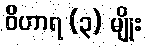
ဝိဟာရ (၃) မျိုး